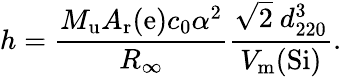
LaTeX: h={\frac{M_{\mathrm{{u}}}A_{\mathrm{{r}}}(\mathrm{{e}})c_{0}\alpha^{2}}{R_{\infty}}}{\frac{{\sqrt{2}}\ d_{220}^{3}}{V_{\mathrm{{m}}}(\mathrm{{Si}})}}.